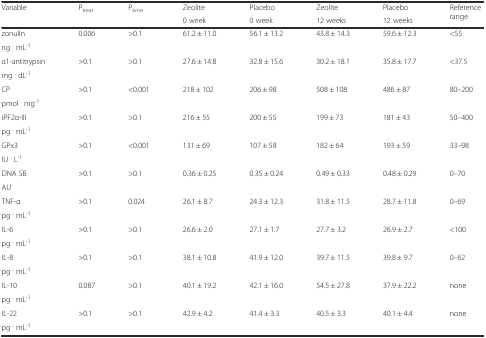
<table><thead><tr><td rowspan="2"><b>Variable</b></td><td rowspan="2"><b>P<sub>treat</sub></b></td><td rowspan="2"><b>P<sub>time</sub></b></td><td><b>Zeolite</b></td><td><b>Placebo</b></td><td><b>Zeolite</b></td><td><b>Placebo</b></td><td rowspan="2"><b>Reference range</b></td></tr><tr><td><b>0 week</b></td><td><b>0 week</b></td><td><b>12 weeks</b></td><td><b>12 weeks</b></td></tr></thead><tbody><tr><td>zonulin</td><td rowspan="2">0.006</td><td rowspan="2">&gt;0.1</td><td rowspan="2">61.2 ± 11.0</td><td rowspan="2">56.1 ± 13.2</td><td rowspan="2">43.8 ± 14.3</td><td rowspan="2">59.6 ± 12.3</td><td rowspan="2">&lt;55</td></tr><tr><td>ng <sup>.</sup> mL<sup>-1</sup></td></tr><tr><td>α1-antitrypsin</td><td rowspan="2">&gt;0.1</td><td rowspan="2">&gt;0.1</td><td rowspan="2">27.6 ± 14.8</td><td rowspan="2">32.8 ± 15.6</td><td rowspan="2">30.2 ± 18.1</td><td rowspan="2">35.8 ± 17.7</td><td rowspan="2">&lt;37.5</td></tr><tr><td>mg <sup>.</sup> dL<sup>-1</sup></td></tr><tr><td>CP</td><td rowspan="2">&gt;0.1</td><td rowspan="2">&lt;0.001</td><td rowspan="2">218 ± 102</td><td rowspan="2">206 ± 98</td><td rowspan="2">508 ± 108</td><td rowspan="2">486 ± 87</td><td rowspan="2">80–200</td></tr><tr><td>pmol <sup>.</sup> mg<sup>-1</sup></td></tr><tr><td>iPF2α-III</td><td rowspan="2">&gt;0.1</td><td rowspan="2">&gt;0.1</td><td rowspan="2">216 ± 55</td><td rowspan="2">200 ± 55</td><td rowspan="2">199 ± 73</td><td rowspan="2">181 ± 43</td><td rowspan="2">50–400</td></tr><tr><td>pg <sup>.</sup> mL<sup>-1</sup></td></tr><tr><td>GPx3</td><td rowspan="2">&gt;0.1</td><td rowspan="2">&lt;0.001</td><td rowspan="2">131 ± 69</td><td rowspan="2">107 ± 58</td><td rowspan="2">182 ± 64</td><td rowspan="2">193 ± 59</td><td rowspan="2">33–98</td></tr><tr><td>IU <sup>.</sup> L<sup>-1</sup></td></tr><tr><td>DNA SB</td><td rowspan="2">&gt;0.1</td><td rowspan="2">&gt;0.1</td><td rowspan="2">0.36 ± 0.25</td><td rowspan="2">0.35 ± 0.24</td><td rowspan="2">0.49 ± 0.33</td><td rowspan="2">0.48 ± 0.29</td><td rowspan="2">0–70</td></tr><tr><td>AU</td></tr><tr><td>TNF-α</td><td rowspan="2">&gt;0.1</td><td rowspan="2">0.024</td><td rowspan="2">26.1 ± 8.7</td><td rowspan="2">24.3 ± 12.3</td><td rowspan="2">31.8 ± 11.5</td><td rowspan="2">28.7 ± 11.8</td><td rowspan="2">0–69</td></tr><tr><td>pg <sup>.</sup> mL<sup>-1</sup></td></tr><tr><td>IL-6</td><td rowspan="2">&gt;0.1</td><td rowspan="2">&gt;0.1</td><td rowspan="2">26.6 ± 2.0</td><td rowspan="2">27.1 ± 1.7</td><td rowspan="2">27.7 ± 3.2</td><td rowspan="2">26.9 ± 2.7</td><td rowspan="2">&lt;100</td></tr><tr><td>pg <sup>.</sup> mL<sup>-1</sup></td></tr><tr><td>IL-8</td><td rowspan="2">&gt;0.1</td><td rowspan="2">&gt;0.1</td><td rowspan="2">38.1 ± 10.8</td><td rowspan="2">41.9 ± 12.0</td><td rowspan="2">39.7 ± 11.5</td><td rowspan="2">39.8 ± 9.7</td><td rowspan="2">0–62</td></tr><tr><td>pg <sup>.</sup> mL<sup>-1</sup></td></tr><tr><td>IL-10</td><td rowspan="2">0.087</td><td rowspan="2">&gt;0.1</td><td rowspan="2">40.1 ± 19.2</td><td rowspan="2">42.1 ± 16.0</td><td rowspan="2">54.5 ± 27.8</td><td rowspan="2">37.9 ± 22.2</td><td rowspan="2">none</td></tr><tr><td>pg <sup>.</sup> mL<sup>-1</sup></td></tr><tr><td>IL-22</td><td rowspan="2">&gt;0.1</td><td rowspan="2">&gt;0.1</td><td rowspan="2">42.9 ± 4.2</td><td rowspan="2">41.4 ± 3.3</td><td rowspan="2">40.5 ± 3.3</td><td rowspan="2">40.1 ± 4.4</td><td rowspan="2">none</td></tr><tr><td>pg <sup>.</sup> mL<sup>-1</sup></td></tr></tbody></table>